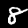
Label: 8